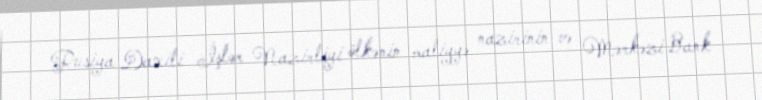
Rusiya Daxili İşlər Nazirliyi ölkənin maliyyə nazirinin və Mərkəzi Bank